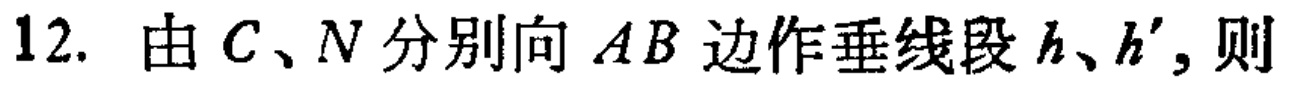
12. 由\(C、N\)分别向\(AB\)边作垂线段\(h、h'\)，则